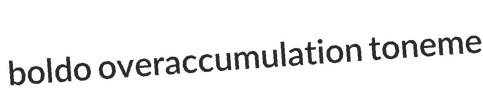
boldo overaccumulation toneme